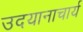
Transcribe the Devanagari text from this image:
उदयानाचार्य